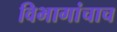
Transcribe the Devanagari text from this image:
विभागांचाच